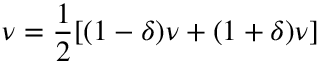
\nu = \frac { 1 } { 2 } [ ( 1 - \delta ) \nu + ( 1 + \delta ) \nu ]